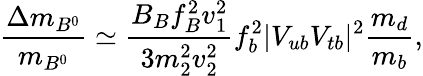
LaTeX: {\frac{\Delta m_{B^{0}}}{m_{B^{0}}}}\simeq{\frac{B_{B}f_{B}^{2}v_{1}^{2}}{3m_{2}^{2}v_{2}^{2}}}f_{b}^{2}|V_{ub}V_{tb}|^{2}{\frac{m_{d}}{m_{b}}},